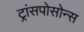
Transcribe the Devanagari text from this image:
ट्रांसपोसोन्स